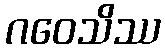
ဂဝေသိဿ